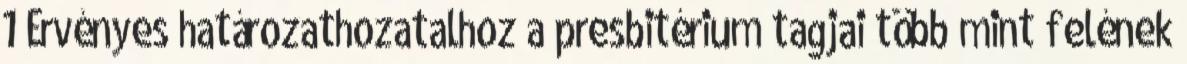
1 Érvényes határozathozatalhoz a presbitérium tagjai több mint felének